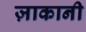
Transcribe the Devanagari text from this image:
ज़ाकानी